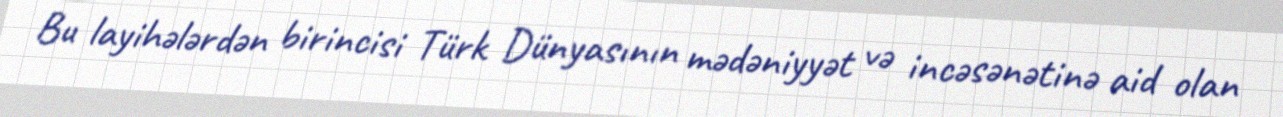
Bu layihələrdən birincisi Türk Dünyasının mədəniyyət və incəsənətinə aid olan